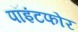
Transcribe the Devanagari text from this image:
पॉइंटफोर